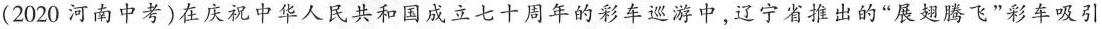
(2020河南中考)在庆祝中华人民共和国成立七十周年的彩车巡游中，辽宁省推出的”展翅腾飞”彩车吸引